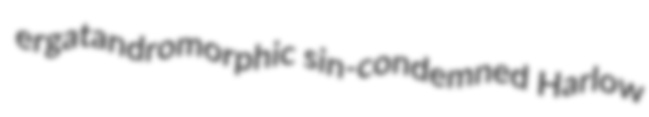
ergatandromorphic sin-condemned Harlow